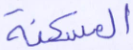
المسكنة